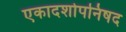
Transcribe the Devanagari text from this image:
एकादशोपनिषद